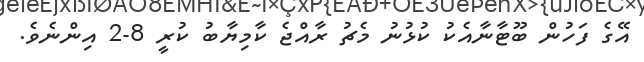
އޭގެ ފަހުން ބޫޓާނާއެކު ކުޅުނު މެޗު ރާއްޖެ ކާމިޔާބު ކުރީ 8-2 އިންނެވެ.